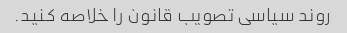
روند سیاسی تصویب قانون را خلاصه کنید.